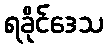
ရခိုင်ဒေသ